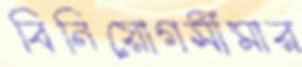
বিনিয়োগসীমার